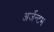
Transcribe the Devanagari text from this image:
अर्जेन्टम